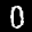
Label: 0